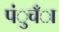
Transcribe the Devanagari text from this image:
पंुचँा